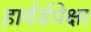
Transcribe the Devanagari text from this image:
हार्वर्डपेक्षा